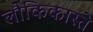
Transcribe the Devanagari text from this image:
लौकिकास्ते